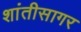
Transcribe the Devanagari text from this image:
शांतीसागर